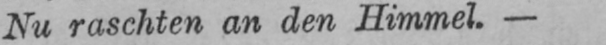
Nu raschten an den Himmel. -